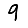
Digit: 9